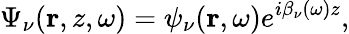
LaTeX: \Psi_{\nu}({\mathbf r},z,\omega)=\psi_{\nu}({\mathbf r},\omega)e^{i\beta_{\nu}(\omega)z},